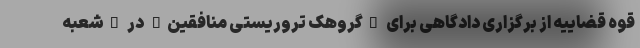
قوه قضاییه از برگزاری دادگاهی برای "گروهک تروریستی منافقین" در "شعبه